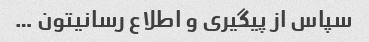
سپاس از پیگیری و اطلاع رسانیتون …